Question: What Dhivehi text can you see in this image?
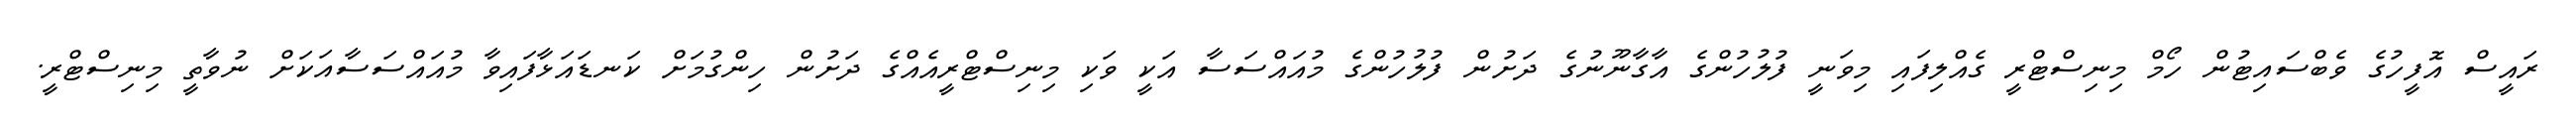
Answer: ރައީސް އޮފީހުގެ ވެބްސައިޓުން ހޯމް މިނިސްޓްރީ ގެއްލިފައި މިވަނީ ފުލުހުންގެ އާގާނޫނުގެ ދަށުން ފުލުހުންގެ މުއައްސަސާ އަކީ ވަކި މިނިސްޓްރީއެއްގެ ދަށުން ހިންގުމަށް ކަނޑައަޅާފައިވާ މުއައްސަސާއަކަށް ނުވާތީ މިނިސްޓްރީ.